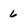
Character: 6